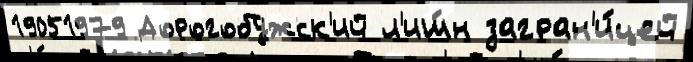
19051979 Дорогобужск'ий л'иш́н загран'и́цей